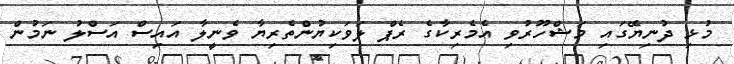
މުޅި ދުނިޔޭގައި މަޝްހޫރުވި އެމެރިކާގެ ރެޕް ލަވަކިޔުންތެރިޔާ ވެނީލާ އައިސް އަސްލު ނަމުން